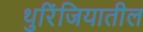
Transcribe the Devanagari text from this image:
थुरिंजियातील